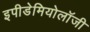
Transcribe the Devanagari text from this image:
इपीडेमियोलॉजी